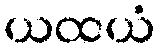
ယထယံ